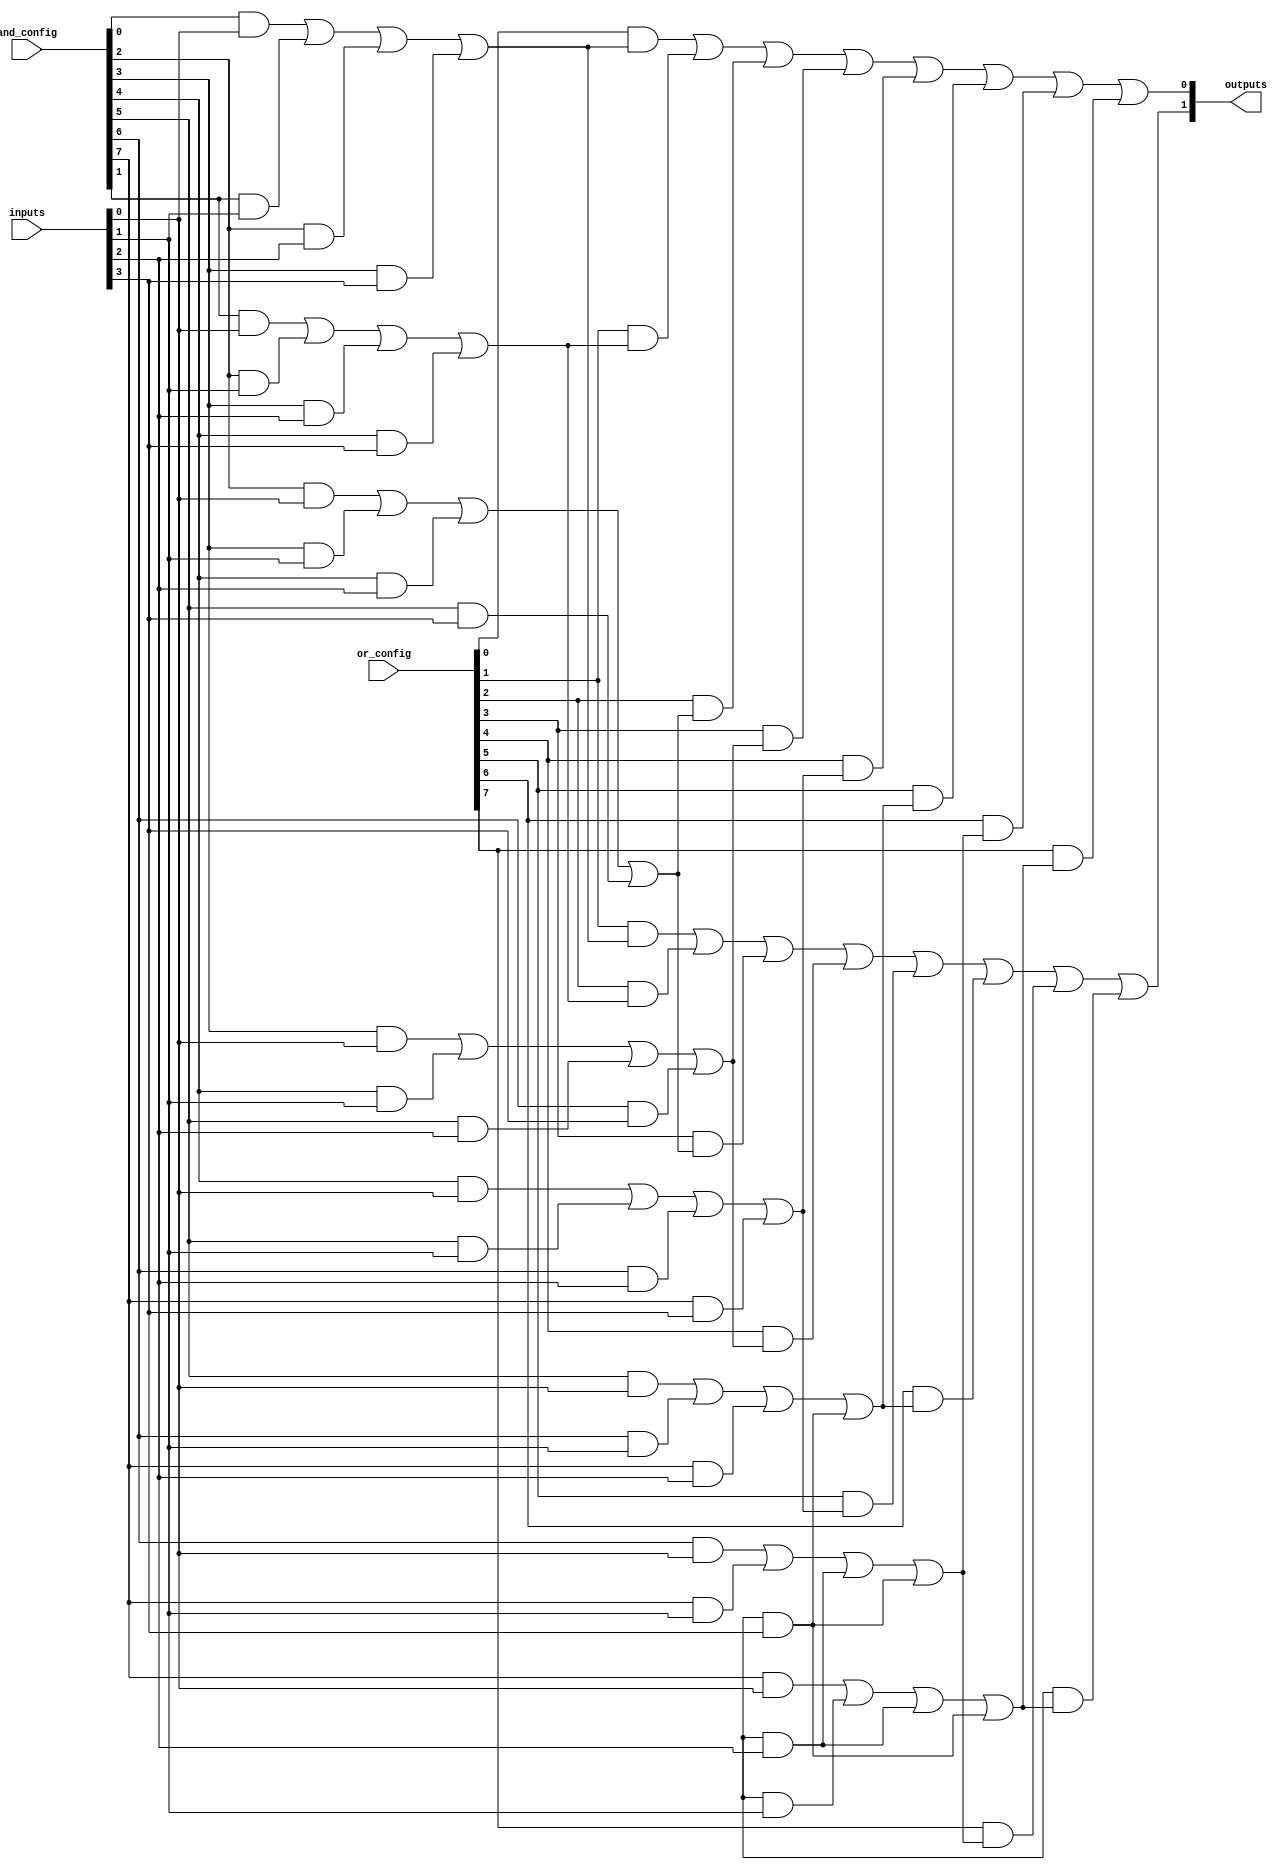
module clb (
    input wire [N-1:0] inputs,       // Input signals (N inputs)
    input wire [M-1:0] and_config,    // Configuration for AND gates (M product terms)
    input wire [M-1:0] or_config,     // Configuration for OR gates (M product terms)
    output wire [P-1:0] outputs       // Output signals (P outputs)
);

// Parameters for the number of inputs, outputs, and product terms
parameter N = 4;  // Number of inputs
parameter M = 8;  // Number of product terms
parameter P = 2;  // Number of outputs

// AND Plane
wire [M-1:0] and_outputs;  // Outputs from AND gates

genvar i, j;
generate
    for (i = 0; i < M; i = i + 1) begin: and_gate
        assign and_outputs[i] = (and_config[i] & inputs[0]) |
                                 (and_config[i + 1] & inputs[1]) |
                                 (and_config[i + 2] & inputs[2]) |
                                 (and_config[i + 3] & inputs[3]);
    end
endgenerate

// OR Plane
generate
    for (j = 0; j < P; j = j + 1) begin: or_gate
        assign outputs[j] = (or_config[j] & and_outputs[0]) |
                            (or_config[j + 1] & and_outputs[1]) |
                            (or_config[j + 2] & and_outputs[2]) |
                            (or_config[j + 3] & and_outputs[3]) |
                            (or_config[j + 4] & and_outputs[4]) |
                            (or_config[j + 5] & and_outputs[5]) |
                            (or_config[j + 6] & and_outputs[6]) |
                            (or_config[j + 7] & and_outputs[7]);
    end
endgenerate

endmodule